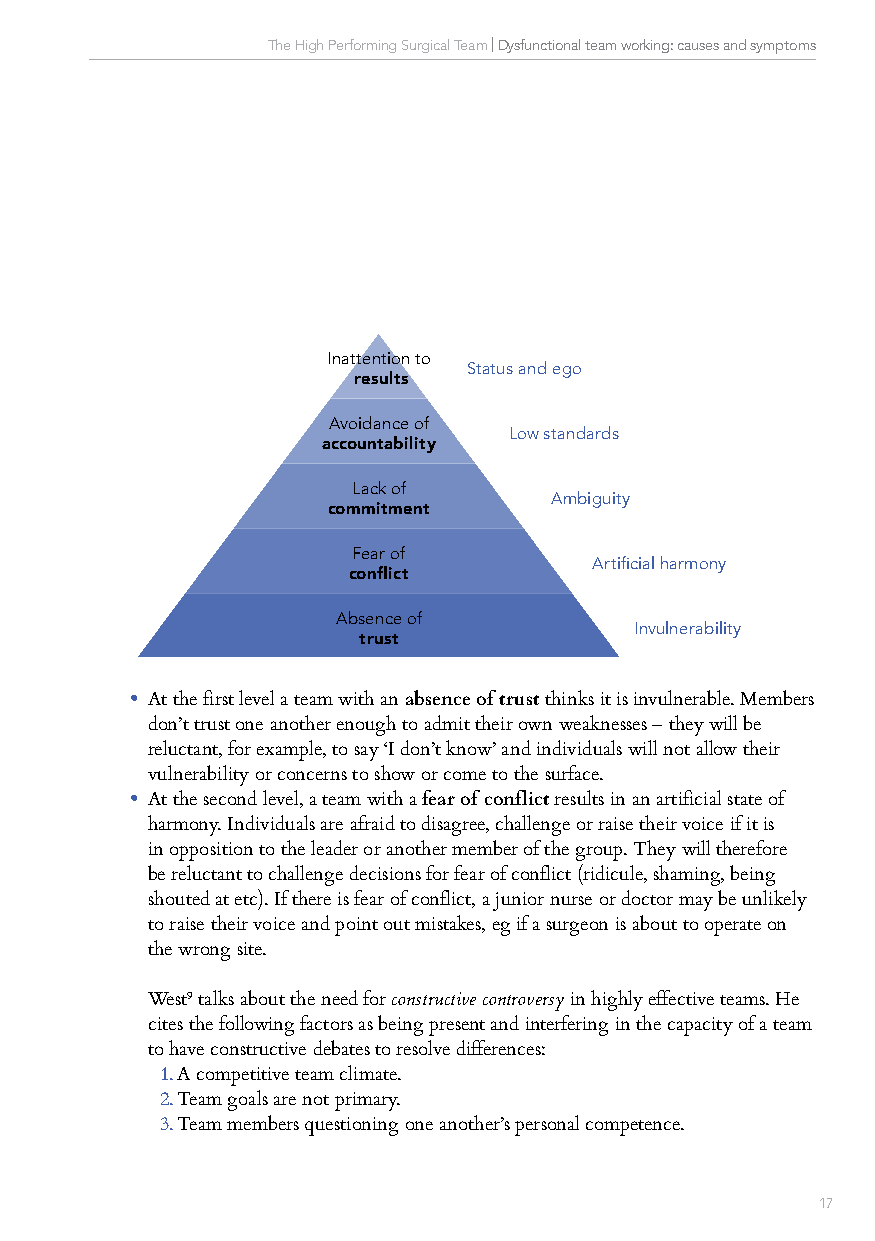
The High Performing Surgical Team | Dysfunctional team working: causes and symptoms
 Inattention to
 Status and ego
 results
 Avoidance of
 Low standards
 accountability
 Lack of
 Ambiguity
 commitment
 Fear of
 Artificial harmony
 conflict
 Absence of
 Invulnerability
 trust
 • At the first level a team with an absence of trust thinks it is invulnerable. Members
 don’t trust one another enough to admit their own weaknesses – they will be
 reluctant, for example, to say ‘I don’t know’ and individuals will not allow their
 vulnerability or concerns to show or come to the surface.
 • At the second level, a team with a fear of conflict results in an artificial state of
 harmony. Individuals are afraid to disagree, challenge or raise their voice if it is
 in opposition to the leader or another member of the group. They will therefore
 be reluctant to challenge decisions for fear of conflict (ridicule, shaming, being
 shouted at etc). If there is fear of conflict, a junior nurse or doctor may be unlikely
 to raise their voice and point out mistakes, eg if a surgeon is about to operate on
 the wrong site.
 West9 talks about the need for constructive controversy in highly effective teams. He
 cites the following factors as being present and interfering in the capacity of a team
 to have constructive debates to resolve differences:
 1. A competitive team climate.
 2. Team goals are not primary.
 3. Team members questioning one another’s personal competence.
 16                                                    17